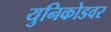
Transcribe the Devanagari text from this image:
युनिकोडवर